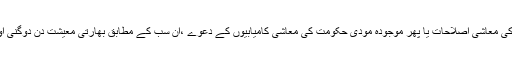
شائننگ انڈیا ہو یامن موہن سنگھ کی معاشی اصلاحات یا پھر موجودہ مودی حکومت کی معاشی کامیابیوں کے دعوے ،ان سب کے مطابق بھارتی معیشت دن دوگنی اور رات چوگنی ترقی کررہی ہے۔